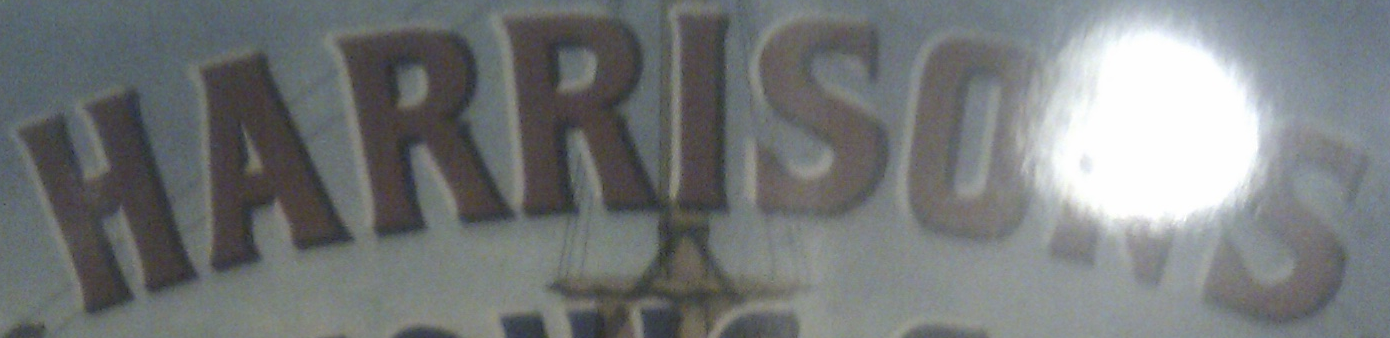
HARRISONS